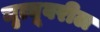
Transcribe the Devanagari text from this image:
मृत्यूवरील